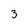
Character: 3